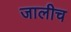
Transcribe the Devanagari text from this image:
जालीच